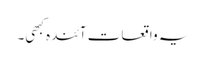
یہ واقعات آئندہ کبھی۔